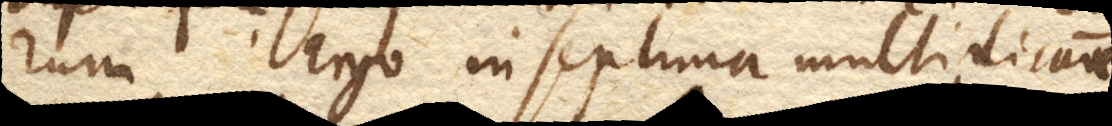
rum. Ergo in septima multiplicatione